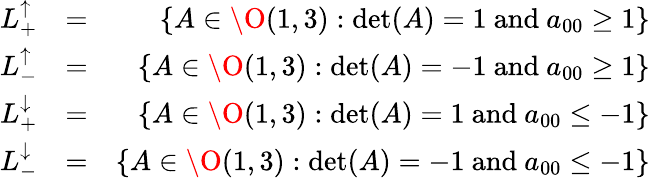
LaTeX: \begin{array}{rlr}{L_{+}^{\uparrow}}&{=}&{\{ A\in\O(1,3):\operatorname*{det}(A)=1\mathrm{~and~}a_{00}\geq 1\} }\\ {L_{-}^{\uparrow}}&{=}&{\{ A\in\O(1,3):\operatorname*{det}(A)=-1\mathrm{~and~}a_{00}\geq 1\} }\\ {L_{+}^{\downarrow}}&{=}&{\{ A\in\O(1,3):\operatorname*{det}(A)=1\mathrm{~and~}a_{00}\leq-1\} }\\ {L_{-}^{\downarrow}}&{=}&{\{ A\in\O(1,3):\operatorname*{det}(A)=-1\mathrm{~and~}a_{00}\leq-1\} }\end{array}